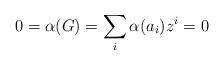
LaTeX: \begin{align*}0=\alpha(G)=\sum_i\alpha(a_i)z^i=0\end{align*}